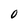
Character: 0